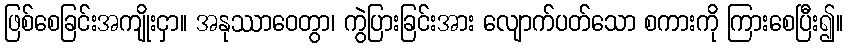
ဖြစ်စေခြင်းအကျိုးငှာ။ အနုဿာဝေတွာ၊ ကွဲပြားခြင်းအား လျောက်ပတ်သော စကားကို ကြားစေပြီး၍။